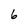
Character: 6